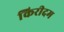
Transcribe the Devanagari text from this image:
किरीदम